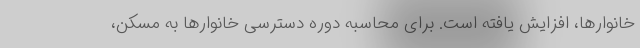
خانوارها، افزایش یافته است. برای محاسبه دوره دسترسی خانوارها به مسکن،